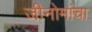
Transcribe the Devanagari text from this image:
जीनोमांचा